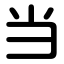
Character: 当